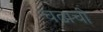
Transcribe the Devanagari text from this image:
चढाची